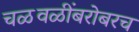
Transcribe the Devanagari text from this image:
चळवळींबरोबरच